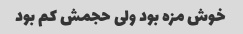
خوش مزه بود ولی حجمش کم بود